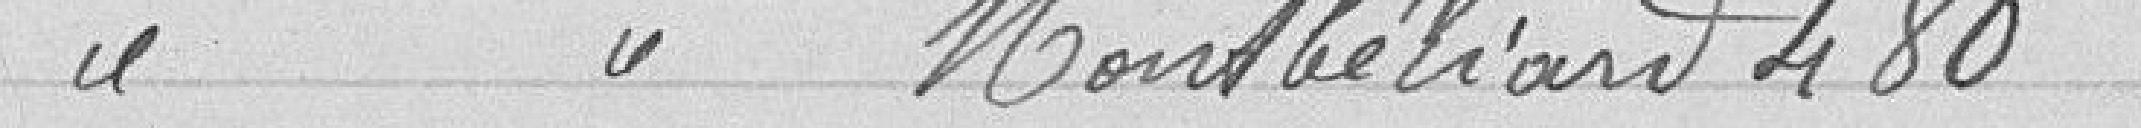
Montbéliard 480